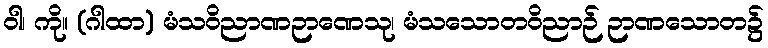
ဝါ၊ ကို။ (ဂါထာ) မံသဝိညာဏဉာဏေသု၊ မံသသောတဝိညာဉ် ဉာဏသောတ၌